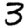
Digit: 3